Treatise on elephants
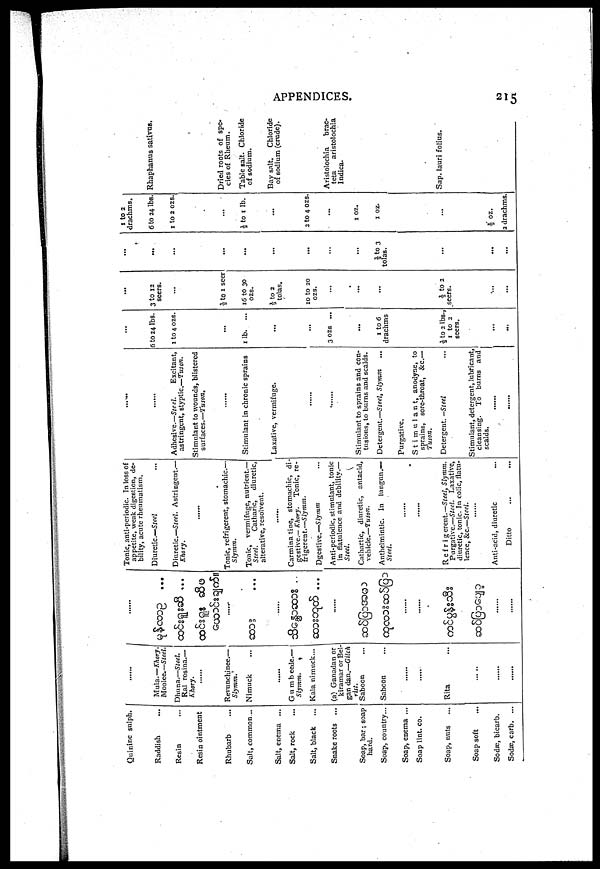
APPENDICES.
215
Quinine sulph.
Raddish
Resin
Resin ointment
Rhubarb
Salt, common ..
Salt, enema ...
Salt, rock
Salt, black
...
Snake roots ...
Soap, bar ; soap
hard.
Soap, country...
Soap, enema ...
Soap lint. co.
Soap, nuts
Soap soft
Sodæ, bicarb.
Sodæ, carb. ...
......
Mula.—Khory.
Moolee.—Steel.
Dhuna.—Steel.
Ral rosina.—
Khory.
Revunchinee.—
Slymm.'
Nimuck
......
Gumbeede.—
Slymm.
Kala nimuck...
(a) Ganadan or
kiramar or Bel-
gan dan.—Gilch
rut.
Saboon ...
Saboon ...
......
......
Rita...
......
......
......
......
...
...
......
..
...
......
......
......
......
......
Tonic, anti-periodic. In loss of
appetite, weak digestion, de-
bility, acute rheumatism.
Diuretic—Steel
Dinretic.—Steel. Astringent.—
Khory.
......
Tonic, refrigerent, stomachic.—
Slymm.
Tonic, vermifuge, nutrient.—
Steel.
Catharic,
diuretic,
alterative, resolvent.
......
Carminatine, stomachic, di-
gestive.— Khory.
Tonic, re-
frigerent.—Slymm.
Dgestive.—Slymm ...
Anti-periodic, stimulant, tonic
in flatulence and debility.—
Steel.
Cathartic, diuretic, antacid,
vehicle.—Tuson.
Anthelmintic. In lungun.—
Steel.
......
......
Refrigerent.—Steel, Slymm.
Purgative.—Steel. Laxative,
diuretic, tonic. In colic, flatu-
lence, &c.—Steel.
......
Anti-acid, diuretic...
Ditto... ...
......
......
Adhesive.—Steel.
Excitant,
astringent, styptic.—Tuson.
Stimulant to wounds, blistered
surfaces.—Tuson.
......
Stimulant in chronic sprains
Laxative, vermifuge.
......
......
Stimulant to sprains and con-
tusions, to burns and scalds.
Detergent.—Steel, Slymm
Purgative.
Stimulant, anodyne, to
sprains, sore-throat, &c.—
Tuson.
Detergent. -Steel
Stimulant, detergent, lubricant,
cleansing. To burns and
scalds.
......
......
...
6 to 24 lbs.
1 to 4 0ZS.
...
1 lb.
...
...
...
3 ozs ...
...
1 to 6
drachms
½ to 2 lbs.,
1 to 2
seers.
...
...
...
3 to 12
seers.
...
½ to 1 seer
16 to 30
ozs.
½ to 2
tolas.
10 to 20
ozs.
...
...
...
½ to 2
seers.
...
...
...
...
...
...
...
...
...
...
½ to 3
tolas.
...
...
...
1 to 2
drachms.
6 to 24 lbs.
1 to 2 ozs.
...
½ to 1 lb.
2 to 4 ozs.
...
1 oz.
1 oz.
½ OZ.
Rhaphanus sativus.
Dried roots of spe-
cies of Rheum.
Table salt. Chloride
of sodium.
Bay salt.
Chloride
of sodium (crude).
Aristolochia
brac-
teta
aristolochia
Indica.
Sap. lauri folius.
2 drachms.